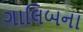
ગાલિબના